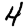
Digit: 4